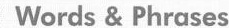
Words &: Phrases